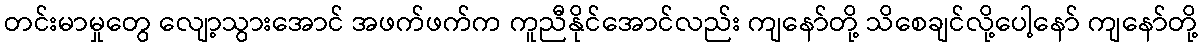
တင်းမာမှုတွေ လျော့သွားအောင် အဖက်ဖက်က ကူညီနိုင်အောင်လည်း ကျနော်တို့ သိစေချင်လို့ပေါ့နော် ကျနော်တို့